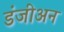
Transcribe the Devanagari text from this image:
डंजीअन